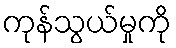
ကုန်သွယ်မှုကို